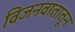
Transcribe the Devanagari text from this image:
विजनवातातून